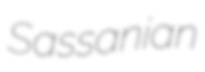
Sassanian